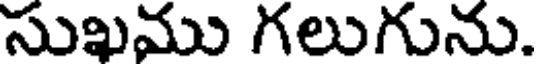
సుఖము గలుగును.